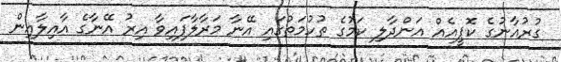
ގުރުއާނުގެ ކޮޕީއެއް އަންދާލި ކަމުގެ ތުހުމަތުގައި އޭނާ މަރާލާފައިވާ އިރު އޭނާގެ އާއިލާއިން